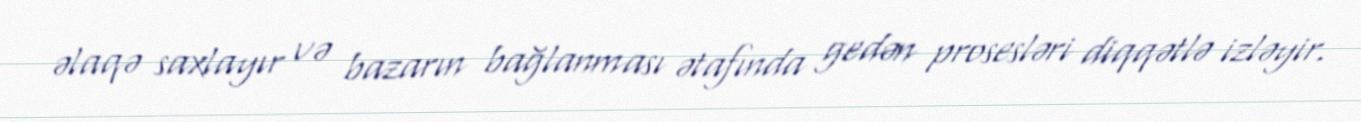
əlaqə saxlayır və bazarın bağlanması ətafında gedən prosesləri diqqətlə izləyir.